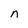
Character: n